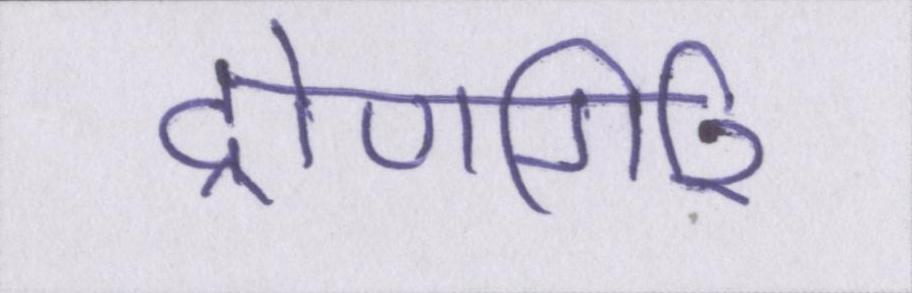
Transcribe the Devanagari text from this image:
द्रोणगिरि